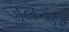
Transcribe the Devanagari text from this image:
ज़ूलेन्डर